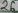
Text: 26